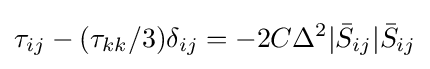
\tau _{ij}-(\tau _{kk}/3)\delta _{ij}=-2C\Delta ^{2}|{\bar {S}}_{ij}|{\bar {S}}_{ij}